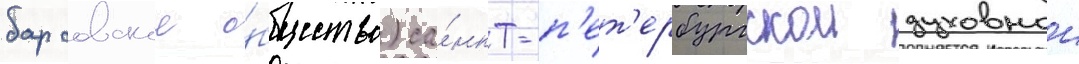
барсовское о́бщество) са́нкт-п'ет'ербургскои духовнои